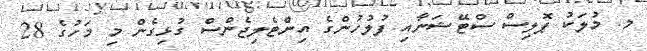
މ. މުލަކު ޕޮލިސް ސްޓޭޝަނާއި ފުލުހުންގެ އިންޓެލިޖެންސް ގުޅިގެން މި މަހުގެ 28